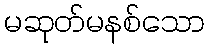
မဆုတ်မနစ်သော